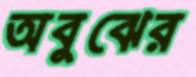
অবুঝের